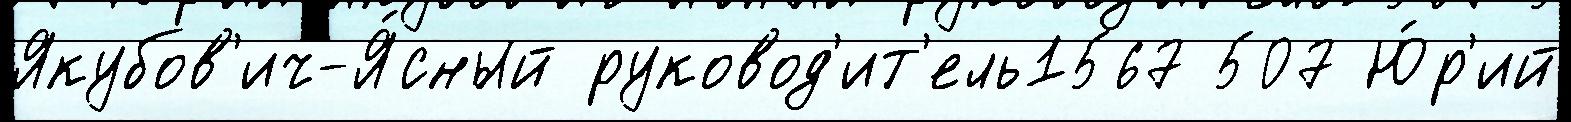
Якубов'ич-Я́сный руковод'ит'ель1567 507 Ю́р'ий